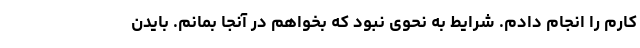
کارم را انجام دادم. شرایط به نحوی نبود که بخواهم در آنجا بمانم. بایدن